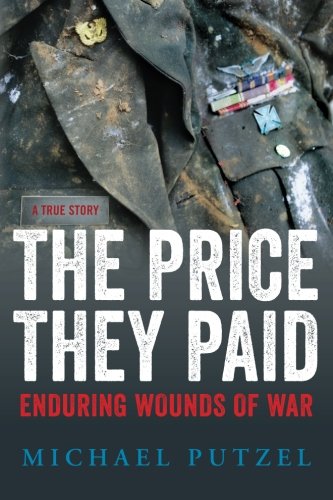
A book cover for The Price They Paid: Enduring Wounds Of War; Michael Putzel; History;